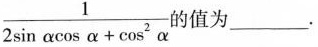
\frac{1}{2 \sin \alpha \cos \alpha + \cos ^{2}\alpha} 的值为___.